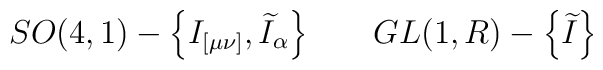
SO(4,1)-\left\{ I_{[\mu \nu ]},\widetilde{I}_\alpha \right\}\hspace{0.3in} GL(1,R)-\left\{ \widetilde{I}\right\}